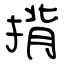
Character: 揹